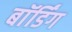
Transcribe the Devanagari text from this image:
बाॅर्डिंग